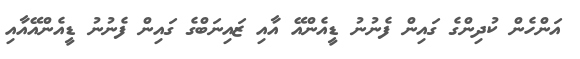
އަންހެން ކުދިންގެ ގައިން ފެނުނު ޑީއެންއޭ އާއި ޒައިނަބްގެ ގައިން ފެނުނު ޑީއެންއޭއާއި